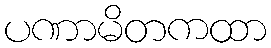
ပဏာမိတကထာ